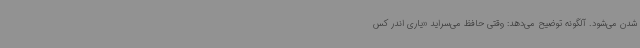
شدن می‌شود. آلگونه توضیح می‌دهد: وقتی حافظ می‌سراید «یاری اندر کس